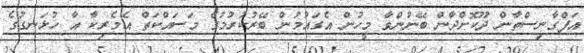
އަފްގާނިސްތާން ދޫކޮށްދާން ބޭނުންވާ މީހުން އެގައުމުން ބޭރުކުރުމުގެ މަސައްކަތް އެމެރިކާ އާ ހުޅަނގުގެ